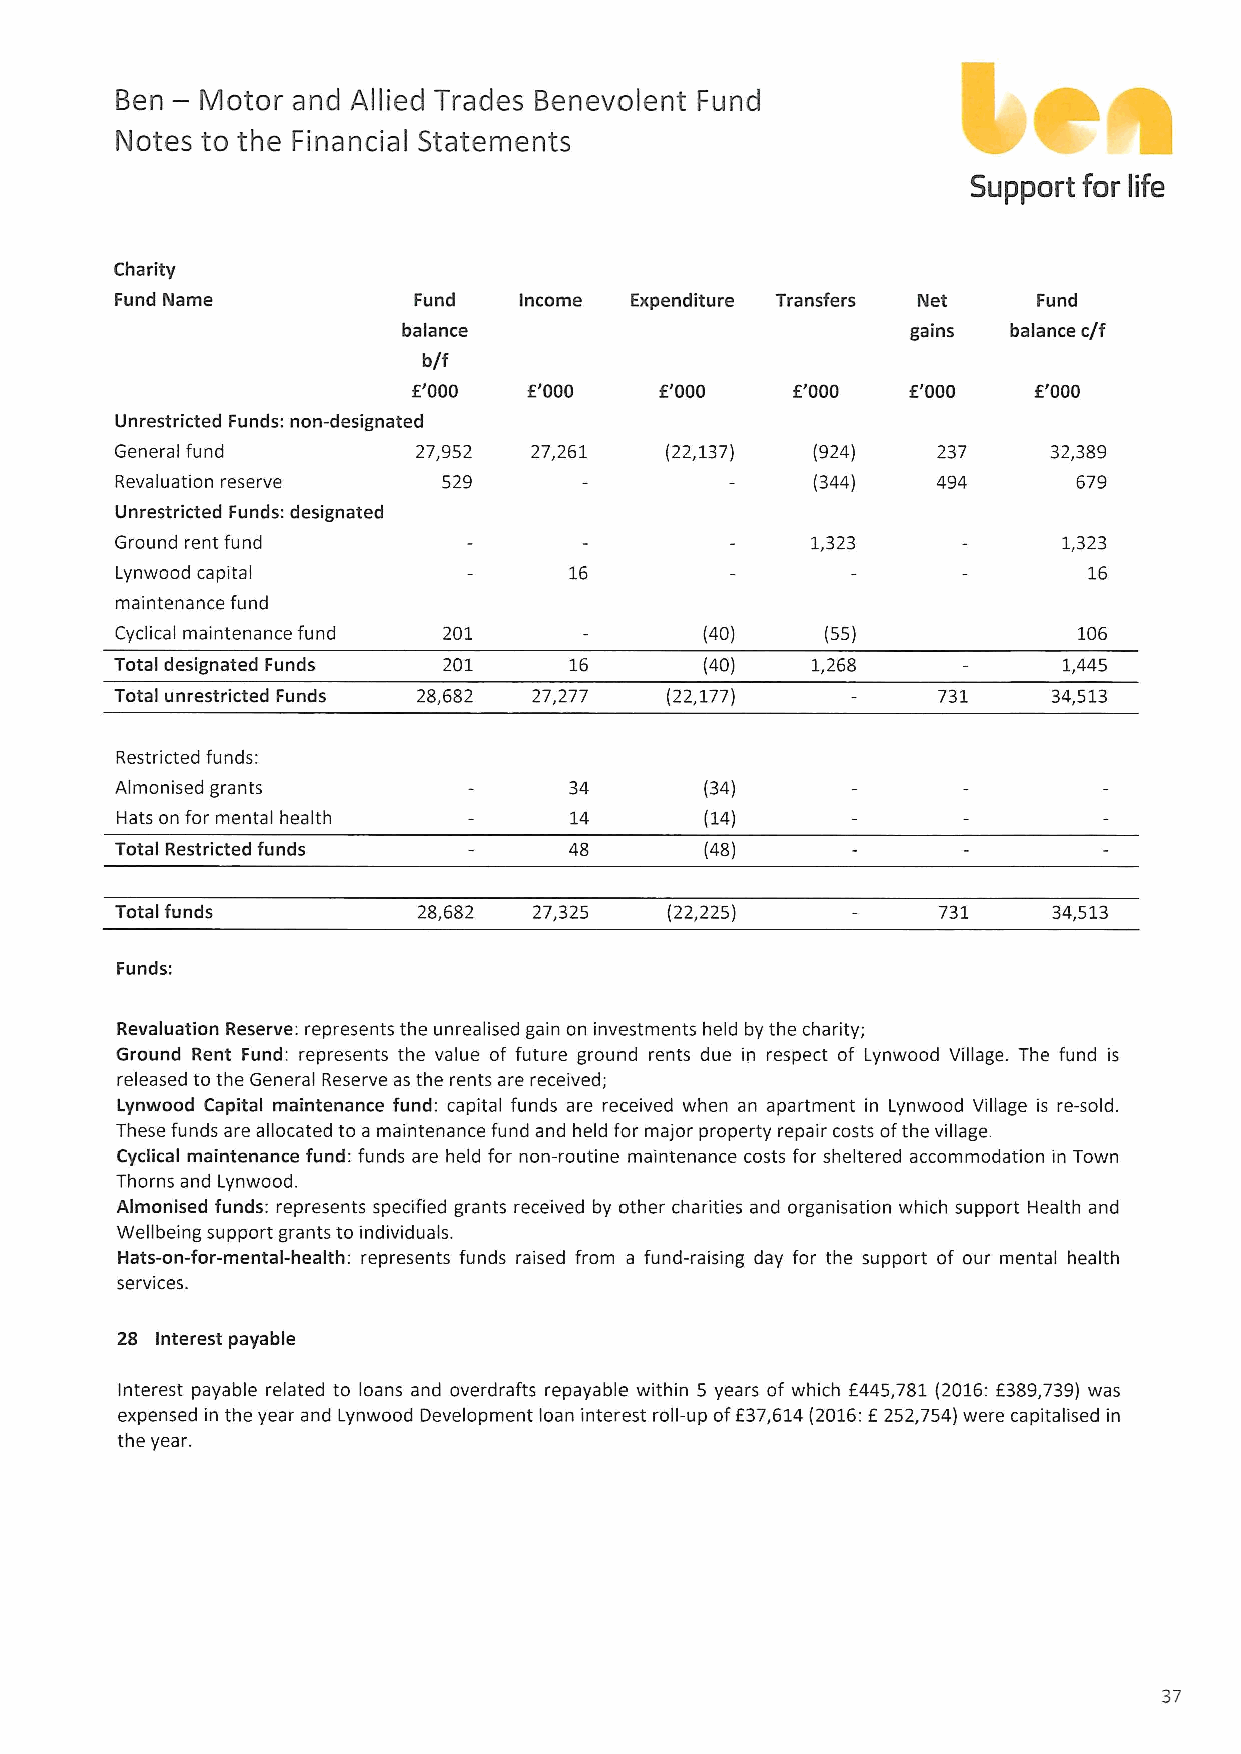
—
 Ben  Motor and Allied Trades Benevolent Fund
 Notes to the Financial Statements
 Support for life
 Charity
 Fund Name          Fund   Income  Expenditure Transfers Net  Fund
 balance                          gains  balance c/f
 b/f
 f'000   f'000    f'000   f'000   f'000   f'000
 Unrestricted Funds: non-designated
 General fund        27,952 27,261   (22,137)  (924)   237     32,389
 Revaluation reserve  529                      (344)   494      679
 Unrestricted Funds: designated
 Ground rent fund                              1,323           1,323
 Lynwood capital               16                                16
 maintenance fund
 Cyclical maintenance fund 201          (40)    (55)            106
 Total designated Funds 201    16       (40)   1,268           1,445
 Total unrestricted Funds 28,682 27,277 (22,177)       731     34,513
 Restricted funds:
 Almonised grants              34       (34)
 Hats on for mental health     14       (14)
 Total Restricted funds                 (48)
 Total funds         28,682 27,325   (22,225)          731     34,513
 Funds:
 Revaluation Reserve: represents the unrealised gain on investments held by the charity;
 Ground Rent Fund: represents the value of future ground rents due in respect of Lynwood Village. The fund is
 released to the General Reserve as the rents are received;
 Lynwood Capital maintenance fund: capital funds are received when an apartment in Lynwood Village is re-sold.
 These funds are allocated to a maintenance fund and held for major property repair costs ofthe village.
 Cyclical maintenance fund: funds are held for non-routine maintenance costs for sheltered accommodation in Town
 Thorns and Lynwood.
 Almonised funds: represents specified grants received by other charities and organisation which support Health and
 Wellbeing support grants to individuals.
 Hats-on-for-mental-health: represents funds raised from a fund-raising day for the support of our mental health
 services.
 28 Interest payable
 Interest payable related to loans and overdrafts repayable within 5 years of which f445,781 (2016:f389,739) was
 expensed in the year and Lynwood Development loan interest roll-up
 off37,614(2016:f
 252,754)were capitalised in
 the year.
 37